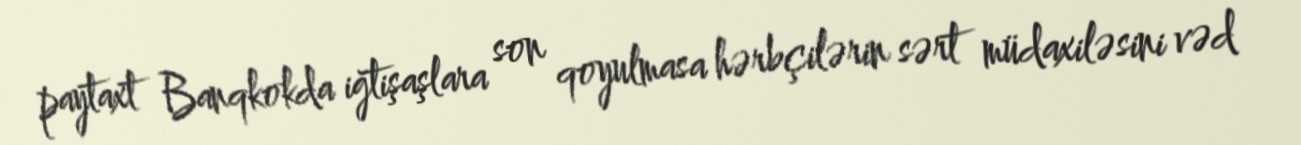
paytaxt Banqkokda iğtişaşlara son qoyulmasa hərbçilərin sərt müdaxiləsini vəd